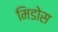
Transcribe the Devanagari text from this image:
मिडोस